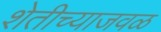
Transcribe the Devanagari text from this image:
शेतीच्याजवळ